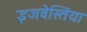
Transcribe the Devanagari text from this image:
इजवेस्तिया